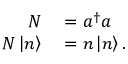
\begin{array} { r l } { N } & { { } = a ^ { \dagger } a } \\ { N \left| n \right\rangle } & { { } = n \left| n \right\rangle . } \end{array}